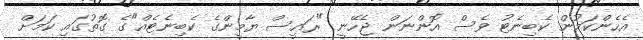
އެހެންކަމުން ކެބިނެޓު ވެސް އޮންނަން ޖެހޭނީ "ރައީސް ޔާމީންގެ ކެބިނެޓެއް"ގެ ގޮތުގައި ކަމަށް